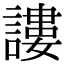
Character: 謱